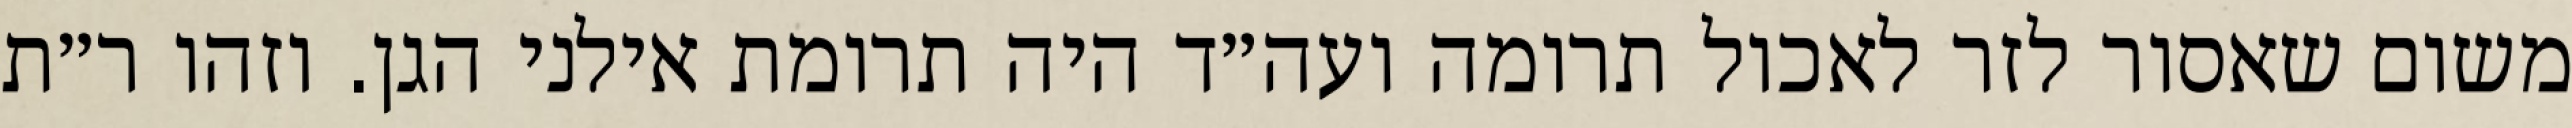
משום שאסור לזר לאכול תרומה ועה״ד היה תרומת אילני הגן. וזהו ר״ת